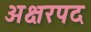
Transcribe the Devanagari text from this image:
अक्षरपद